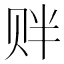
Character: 𲃁